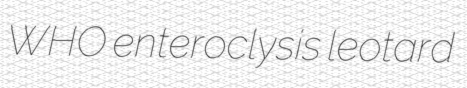
WHO enteroclysis leotard